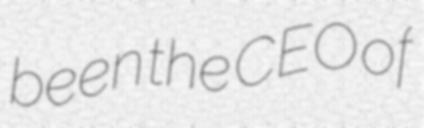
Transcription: been the CEO of